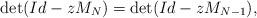
LaTeX: \begin{align*}\det (Id - zM_N)=\det (Id - zM_{N-1}),\end{align*}